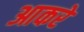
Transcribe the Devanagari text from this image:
आकरे